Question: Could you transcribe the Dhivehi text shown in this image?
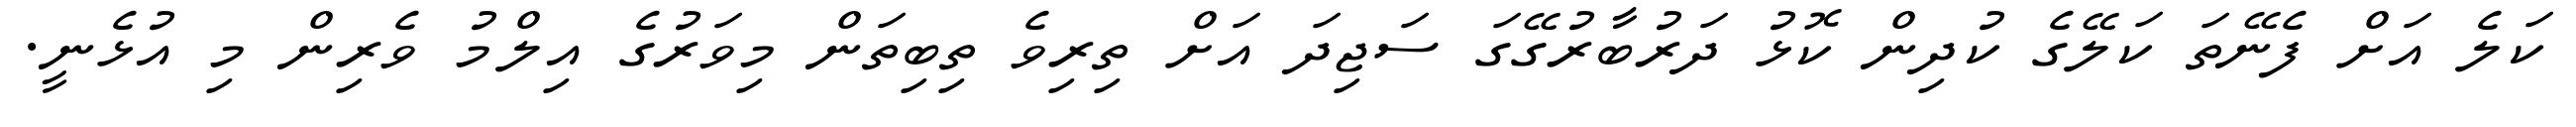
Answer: ކަލެ އަށް ފެނޭތަ ކަލޭގެ ކުދިން ކޮޅު ދަރުބާރުގޭގަ ސަޖިދަ އަށް ތިރިވެ ތިބިތަން މިވަރުގެ އިލްމު ވެރިން މި އުޅެނީ.